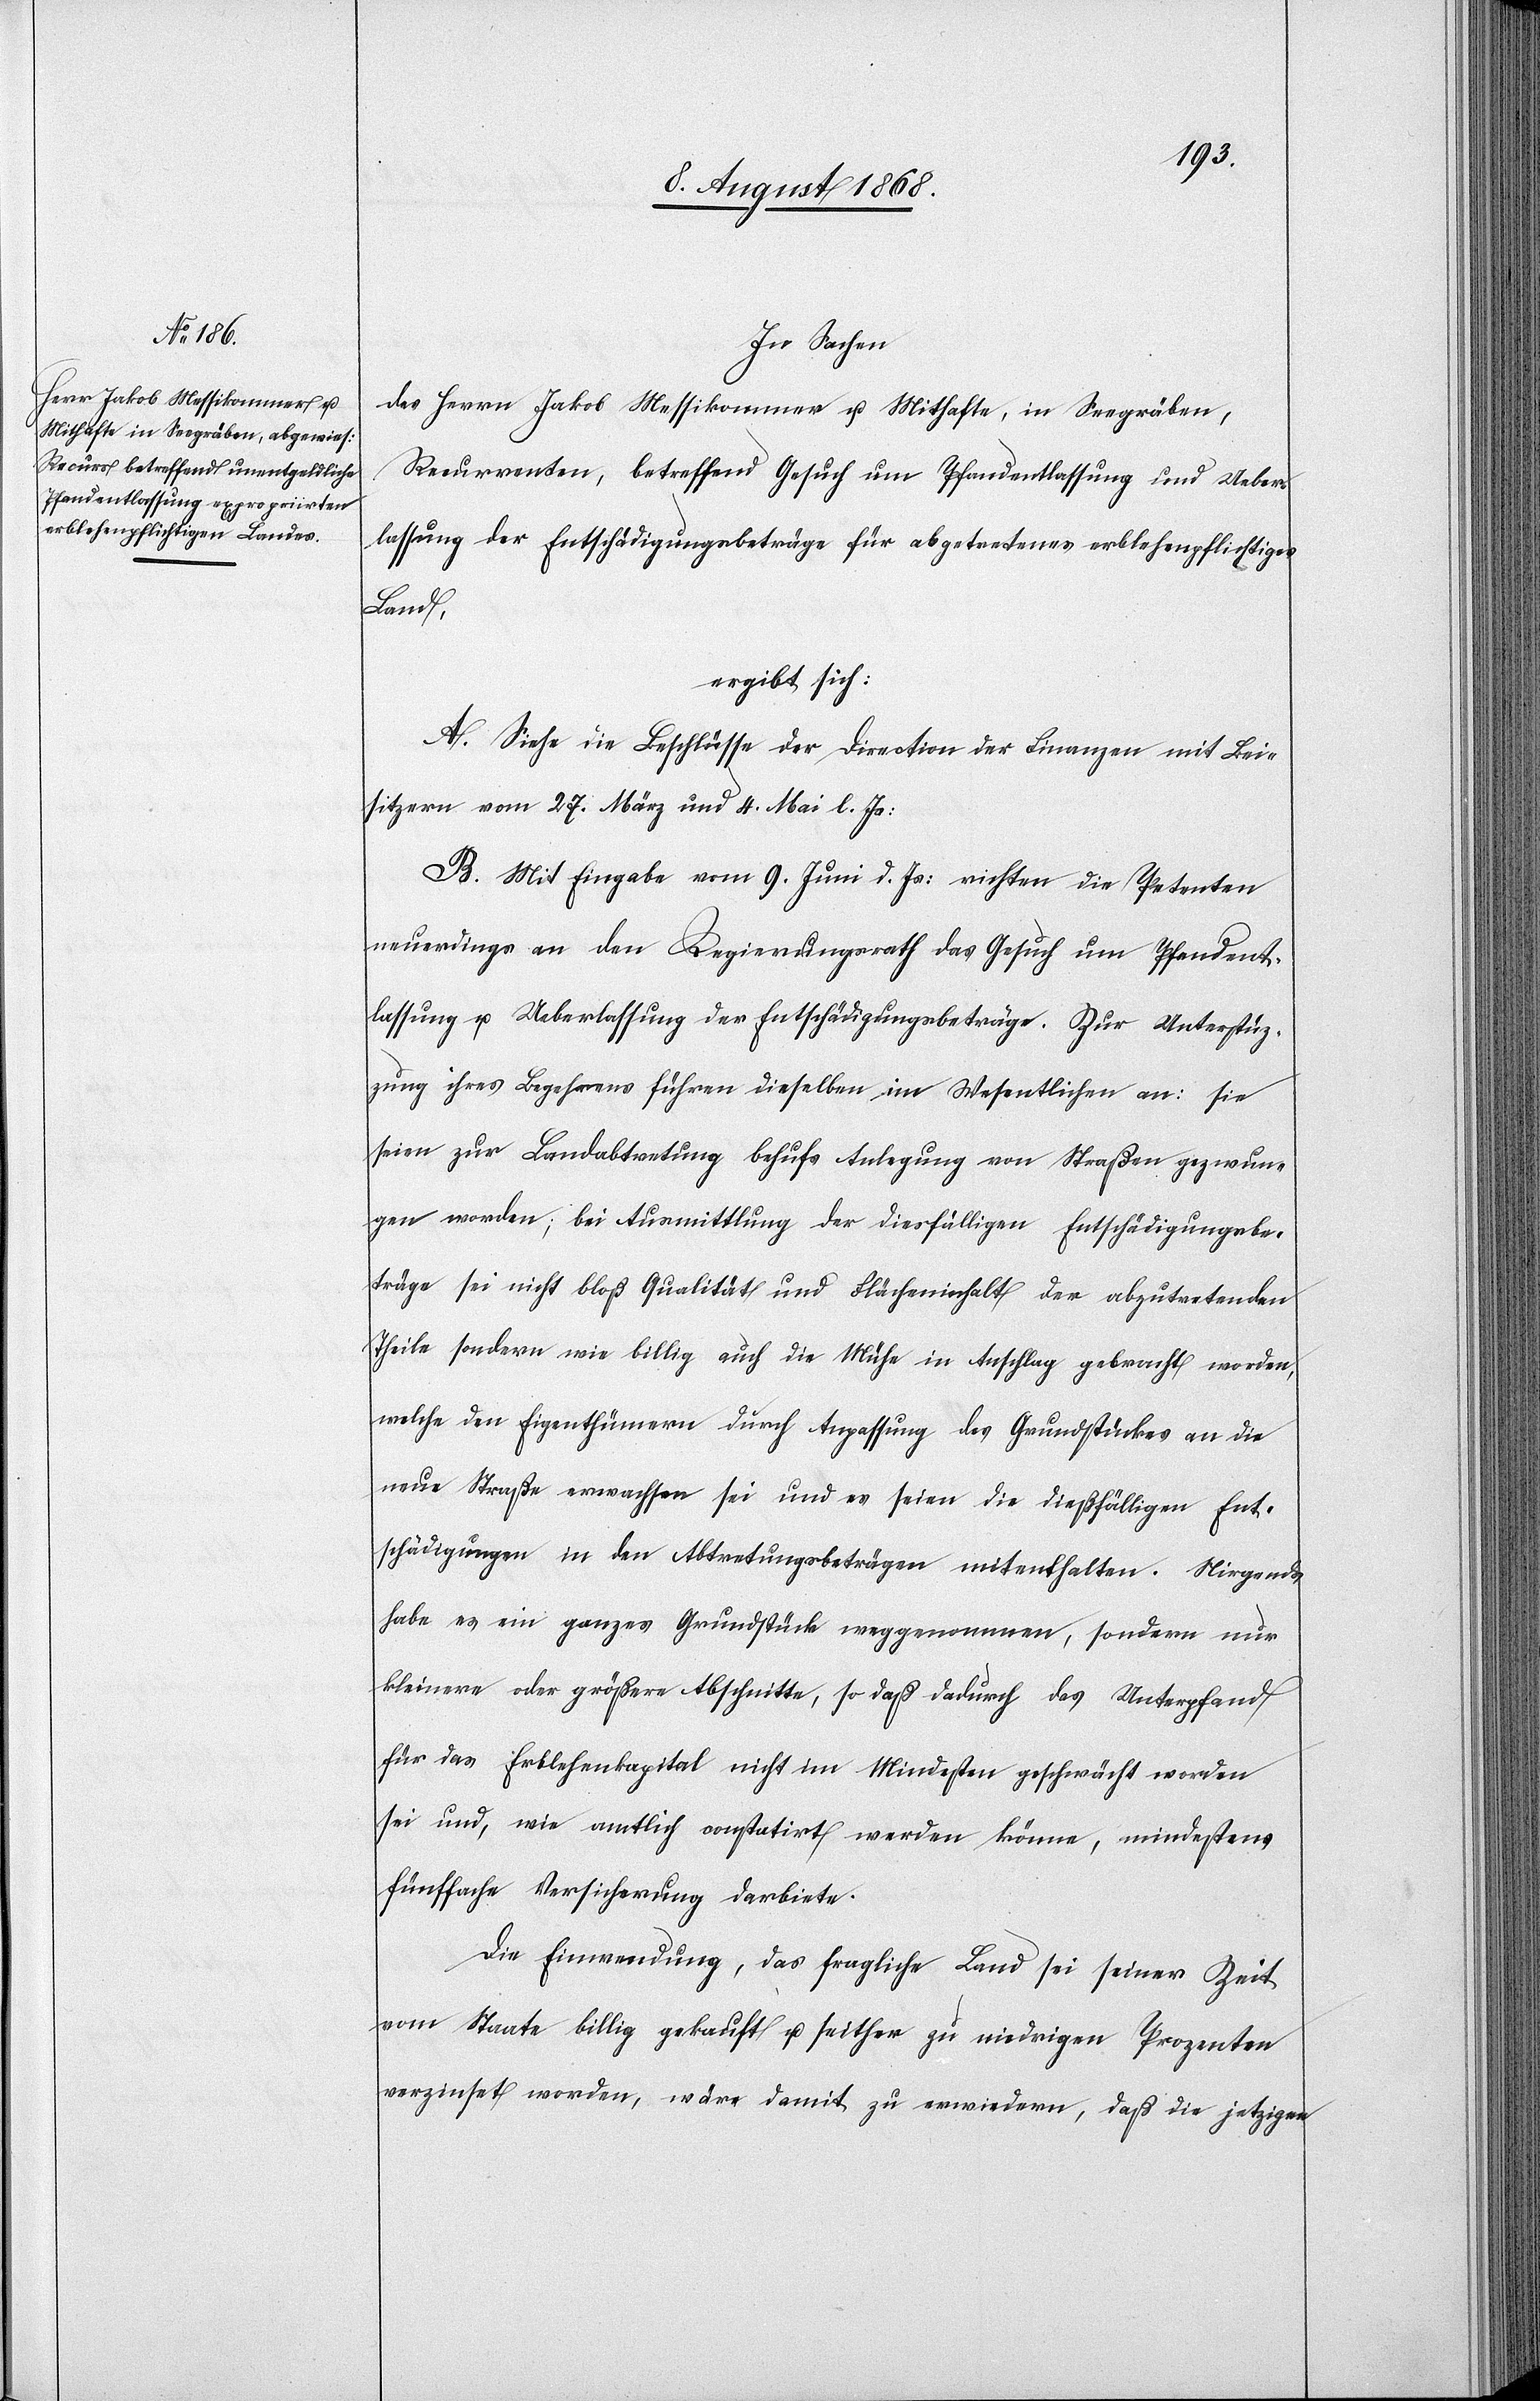
In Sachen
des Herrn Jakob Messikommer u. Mithafte, in Seegräben,
Recurrenten, betreffend Gesuch um Pfandentlassung und Ueber¬
lassung der Entschädigungsbeträge für abgetretenes erblehenpflichtiges
Land,
ergibt sich:
A. Siehe die Beschlüsse der Direction der Finanzen mit Bei¬
sitzern vom 27. März und 4. Mai l. Js:
B. Mit Eingabe vom 9. Juni d. Js: richten die Petenten
neuerdings an den Regierungsrath das Gesuch um Pfandent¬
lassung u. Ueberlassung der Entschädigungsbeträge. Zur Unterstüt¬
zung ihres Begehrens führen dieselben im Wesentlichen an: sie
seien zur Landabtretung behufs Anlegung von Straßen gezwun¬
gen worden; bei Ausmittlung der diesfälligen Entschädigungsbe¬
träge sei nicht bloß Qualität und Flächeninhalt der abzutretenden
Theile sondern wie billig auch die Mühe in Anschlag gebracht worden,
welche den Eigenthümern durch Anpassung des Grundstückes an die
neue Straße erwachsen sei und es seien die dießfälligen Ent¬
schädigungen in den Abtretungsbeträgen mitenthalten. Nirgends
habe es ein ganzes Grundstück weggenommen, sondern nur
kleinere oder größere Abschnitte, so daß dadurch das Unterpfand
für das Erblehenkapital nicht im Mindesten geschwächt worden
sei und, wie amtlich constatirt werden könne, mindestens
fünffache Versicherung darbiete.
Die Einwendung, das fragliche Land sei seiner Zeit
vom Staate billig gekauft u. seither zu niedrigen Prozenten
verzinset worden, wäre damit zu erwiedern, daß die jetzigen